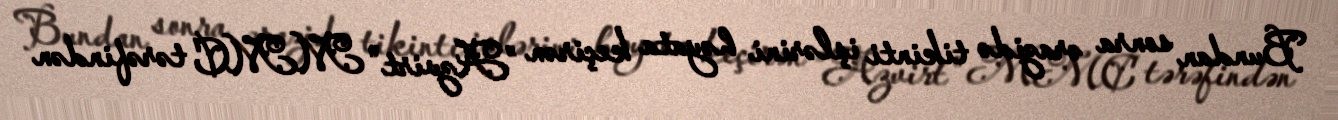
Bundan sonra ərazidə tikinti işlərini həyata keçirən ”Azvirt" MMC tərəfindən